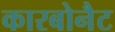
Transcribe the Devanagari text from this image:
कारबोनैट